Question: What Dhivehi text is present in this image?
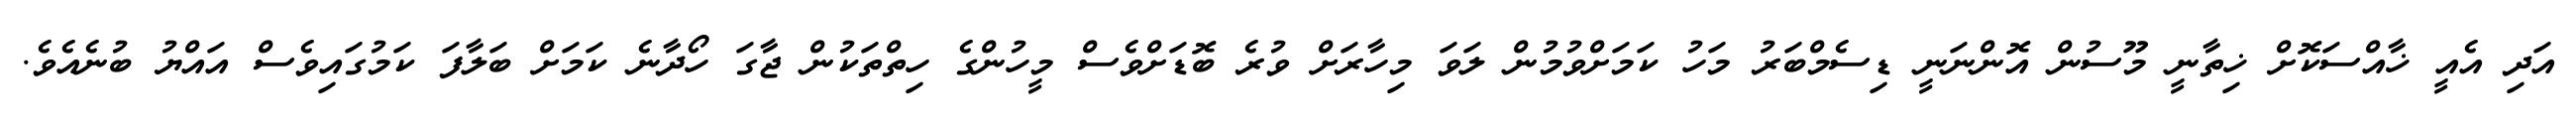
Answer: އަދި އެއީ ޚާއްސަކޮށް ޚިތާނީ މޫސުން އޮންނަނީ ޑިސެމްބަރު މަހު ކަމަށްވުމުން ލަވަ މިހާރަށް ވުރެ ބޮޑަށްވެސް މީހުންގެ ހިތްތަކުން ޖާގަ ހޯދާނެ ކަމަށް ބަލާފަ ކަމުގައިވެސް އައްޔު ބުނެއެވެ.